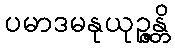
ပမာဒမနုယုဉ္ဇန္တိ